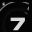
Digit: 7